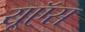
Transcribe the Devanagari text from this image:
यूऍस